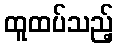
ထူထပ်သည့်